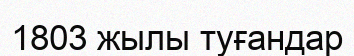
1803 жылы туғандар